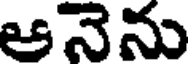
ఆనెను